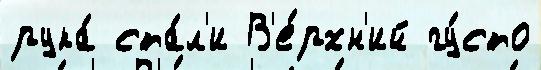
рука́ ста́л'и В'е́рхн'ий гу́сто